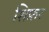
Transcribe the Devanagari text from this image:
शिफ़र